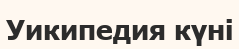
Уикипедия күні